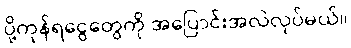
ပို့ကုန်ရငွေတွေကို အပြောင်းအလဲလုပ်မယ်။